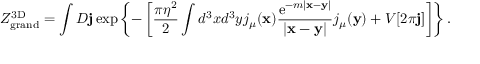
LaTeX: { \cal Z } _ { \mathrm { g r a n d } } ^ { \mathrm { 3 D } } = \int { \cal D } { \bf j } \exp \left\{ - \left[ \frac { \pi \eta ^ { 2 } } { 2 } \int d ^ { 3 } x d ^ { 3 } y j _ { \mu } ( { \bf x } ) \frac { \mathrm { e } ^ { - m | { \bf x } - { \bf y } | } } { | { \bf x } - { \bf y } | } j _ { \mu } ( { \bf y } ) + V [ 2 \pi { \bf j } ] \right] \right\} .